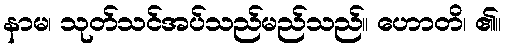
နာမ၊ သုတ်သင်အပ်သည်မည်သည်။ ဟောတိ၊ ၏။